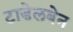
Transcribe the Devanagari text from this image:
टाडेलबेन